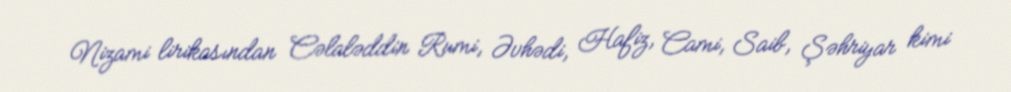
Nizami lirikasından Cəlaləddin Rumi, Əvhədi, Hafiz, Cami, Saib, Şəhriyar kimi